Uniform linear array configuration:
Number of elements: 64
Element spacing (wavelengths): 1
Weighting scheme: binomial
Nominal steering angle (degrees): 30
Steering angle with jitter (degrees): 28.462
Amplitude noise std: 0.05
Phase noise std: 0.05

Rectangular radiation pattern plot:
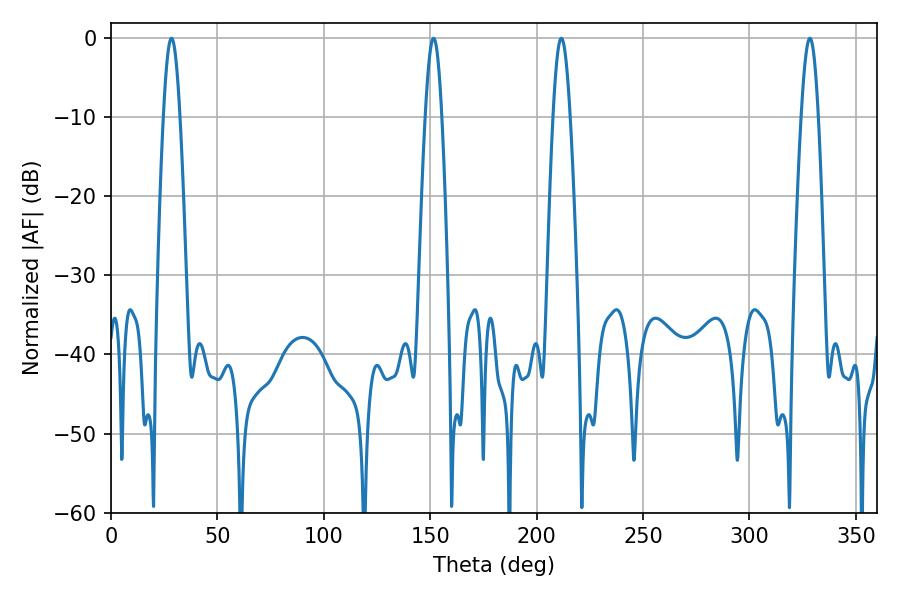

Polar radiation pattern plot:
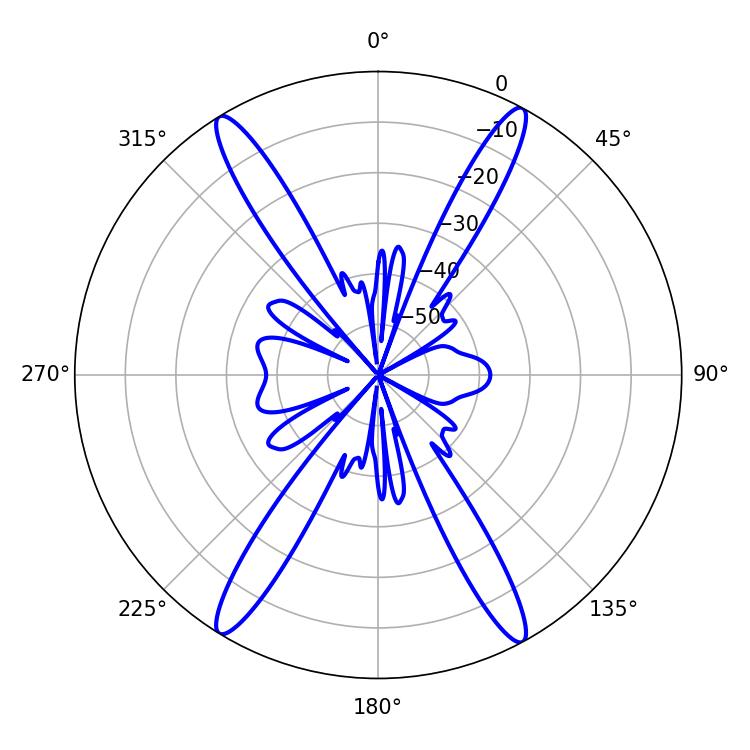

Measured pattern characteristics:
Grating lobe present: TRUE
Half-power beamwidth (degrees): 4.32
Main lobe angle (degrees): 151.56